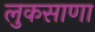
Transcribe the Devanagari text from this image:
लुकसाणा